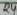
Text: 24